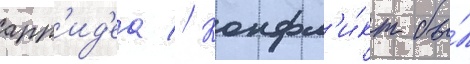
арр'ид'еа // Конфл'и́кт бы́л